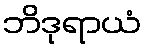
ဘိဒုရာယံ